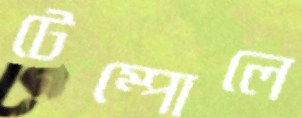
টেম্পোলে